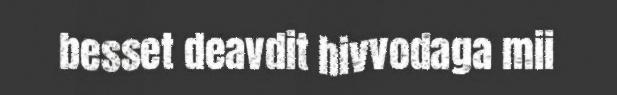
besset deavdit hivvodaga mii